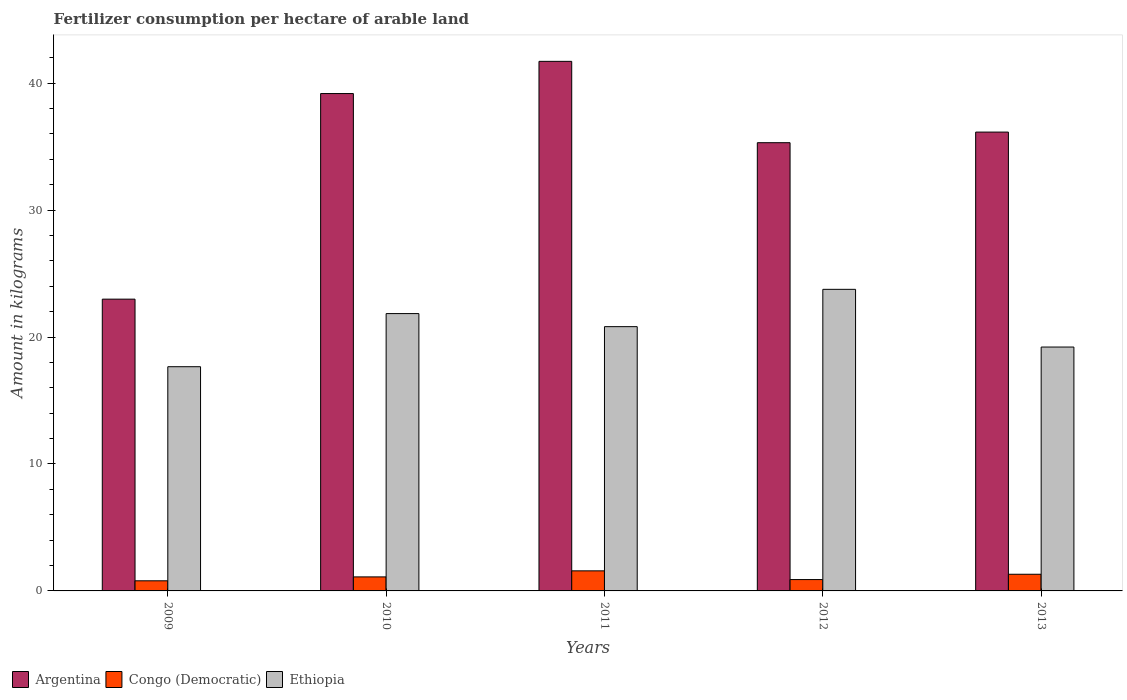
| Years | Argentina | Congo (Democratic) | Ethiopia |
 | --- | --- | --- | --- |
 | 2009 | 23 | 0.797 | 17.7 |
 | 2010 | 39.2 | 1.1 | 21.8 |
 | 2011 | 41.7 | 1.58 | 20.8 |
 | 2012 | 35.3 | 0.894 | 23.8 |
 | 2013 | 36.1 | 1.31 | 19.2 |